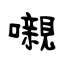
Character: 嚫